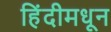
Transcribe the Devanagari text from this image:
हिंदीमधून